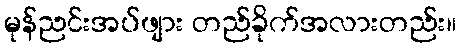
မုန်ညင်းအပ်ဖျား တည်ခိုက်အလားတည်း။